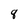
Character: 8